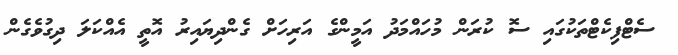
ސެޓްފިކެޓްތަކުގައި ސޮ ކުރަން މުހައްމަދު އަމީންގެ އަރިހަށް ގެންދިޔައިރު އޮތީ އެއްކަލަ ދިގުވެގެން